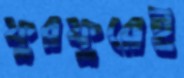
ফুরফুরেই